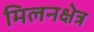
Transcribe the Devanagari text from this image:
मिलनक्षेत्र